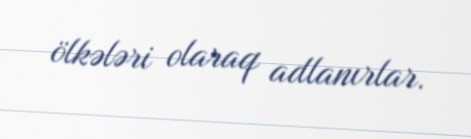
ölkələri olaraq adlanırlar.